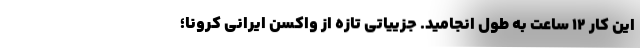
این کار ۱۲ ساعت به طول انجامید. جزییاتی تازه از واکسن ایرانی کرونا؛